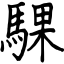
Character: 騍